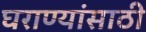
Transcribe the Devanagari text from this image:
घराण्यांसाठी